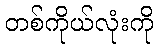
တစ်ကိုယ်လုံးကို